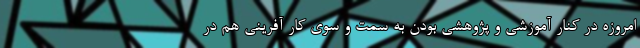
امروزه در کنار آموزشی و پژوهشی بودن به سمت و سوی کار آفرینی هم در